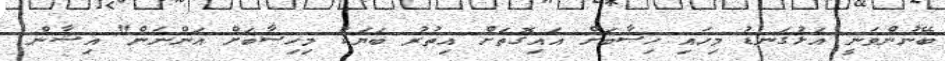
ބޭނުންވަނީ އަޅުގަނޑު މިހައި ހިސާބަށް އައިގޮތަށް އިތުރު ބަޔަކު މިހިސާބަށް އަންނަން" އިޝާން